Annual administration report of the Civil Veterinary Department of India - 1897-1898
Year: 1897
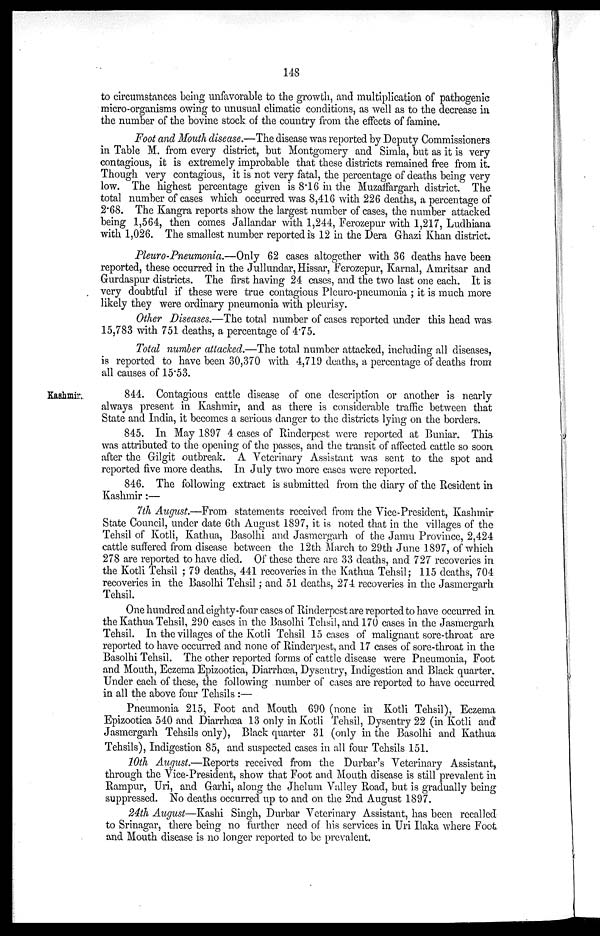
148
to circumstances being unfavorable to the growth, and multiplication of pathogenic
micro-organisms owing to unusual climatic conditions, as well as to the decrease in
the number of the bovine stock of the country from the effects of famine.
Foot and Mouth disease.—The disease was reported by Deputy Commissioners
in Table M. from every district, but Montgomery and Simla, but as it is very
contagious, it is extremely improbable that these districts remained free from it.
Though very contagious, it is not very fatal, the percentage of deaths being very
low. The highest percentage given is 8.16 in the Muzaffargarh district. The
total number of cases which occurred was 8,416 with 226 deaths, a percentage of
2.68. The Kangra reports show the largest number of cases, the number attacked
being 1,564, then comes Jallandar with 1,244, Ferozepur with 1,217, Ludhiana
with 1,026. The smallest number reported is 12 in the Dera Ghazi Khan district.
Pleuro-Pneumonia.—Only 62 cases altogether with 36 deaths have been
reported, these occurred in the Jullundar, Hissar, Ferozepur, Karnal, Amritsar and
Gurdaspur districts. The first having 24 cases, and the two last one each. It is
very doubtful if these were true contagious Pleuro-pneumonia; it is much more
likely they were ordinary pneumonia with pleurisy.
Other Diseases.—The total number of cases reported under this head was
15,783 with 751 deaths, a percentage of 4.75.
Total number attacked.—The total number attacked, including all diseases,
is reported to have been 30,370 with 4,719 deaths, a percentage of deaths from
all causes of 15.53.
Kashmir.
844. Contagious cattle disease of one description or another is nearly
always present in Kashmir, and as there is considerable traffic between that
State and India, it becomes a serious danger to the districts lying on the borders.
845. In May 1897 4 cases of Rinderpest were reported at Buniar. This
was attributed to the opening of the passes, and the transit of affected cattle so soon
after the Gilgit outbreak. A Veterinary Assistant was sent to the spot and
reported five more deaths. In July two more cases were reported.
846. The following extract is submitted from the diary of the Resident in
Kashmir:—
7th August.—From statements received from the Vice-President, Kashmir
State Council, under date 6th August 1897, it is noted that in the villages of the
Tehsil of Kotli, Kathua, Basolhi and Jasmergarh of the Jamu Province, 2,424
cattle suffered from disease between the 12th March to 29th June 1897, of which
278 are reported to have died. Of these there are 33 deaths, and 727 recoveries in
the Kotli Tehsil ; 79 deaths, 441 recoveries in the Kathua Tehsil; 115 deaths, 704
recoveries in the Basolhi Tehsil; and 51 deaths, 274 recoveries in the Jasmergarh
Tehsil.
One hundred and eighty-four cases of Rinderpest are reported to have occurred in
the Kathua Tehsil, 290 cases in the Basolhi Tehsil, and 170 cases in the Jasmergarh
Tehsil. In the villages of the Kotli Tehsil 15 cases of malignant sore-throat are
reported to have occurred and none of Rinderpest, and 17 cases of sore-throat in the
Basolhi Tehsil. The other reported forms of cattle disease were Pneumonia, Foot
and Mouth, Eczema Epizootica, Diarrhœa, Dysentry, Indigestion and Black quarter.
Under each of these, the following number of cases are reported to have occurred
in all the above four Tehsils:—
Pneumonia 215, Foot and Mouth 690 (none in Kotli Tehsil), Eczema
Epizootica 540 and Diarrhœa 13 only in Kotli Tehsil, Dysentry 22 (in Kotli and
Jasmergarh Tehsils only), Black quarter 31 (only in the Basolhi and Kathua
Tehsils), Indigestion 85, and suspected cases in all four Tehsils 151.
10th August.—Reports received from the Durbar's Veterinary Assistant,
through the Vice-President, show that Foot and Mouth disease is still prevalent in
Rampur, Uri, and Garhi, along the Jhelum Valley Road, but is gradually being
suppressed. No deaths occurred up to and on the 2nd August 1897.
24th August—Kashi Singh, Durbar Veterinary Assistant, has been recalled
to Srinagar, there being no further need of his services in Uri Ilaka where Foot
and Mouth disease is no longer reported to be prevalent.